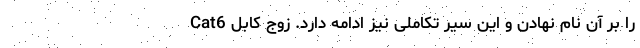
Cat6 را بر آن نام نهادن و این سیر تکاملی نیز ادامه دارد. زوج کابل